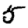
Digit: 5